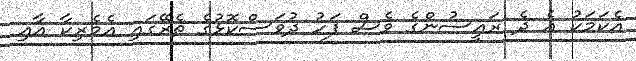
އެކަމަކު އެ ދެ ރައީސުންގެ ވެސް ފަހު ދުވަސްކޮޅުގެ ތެރޭގައި އެމެރިކާ އާއި